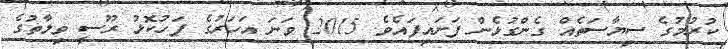
ކުރުމުގެ ސިޔާސަތެއް ގެންގުޅެން ފަށައިފައެވެ. 2015 ވަނަ އަހަރުގެ ފަހުކޮޅު ރޫސީ ވިލާތުގެ